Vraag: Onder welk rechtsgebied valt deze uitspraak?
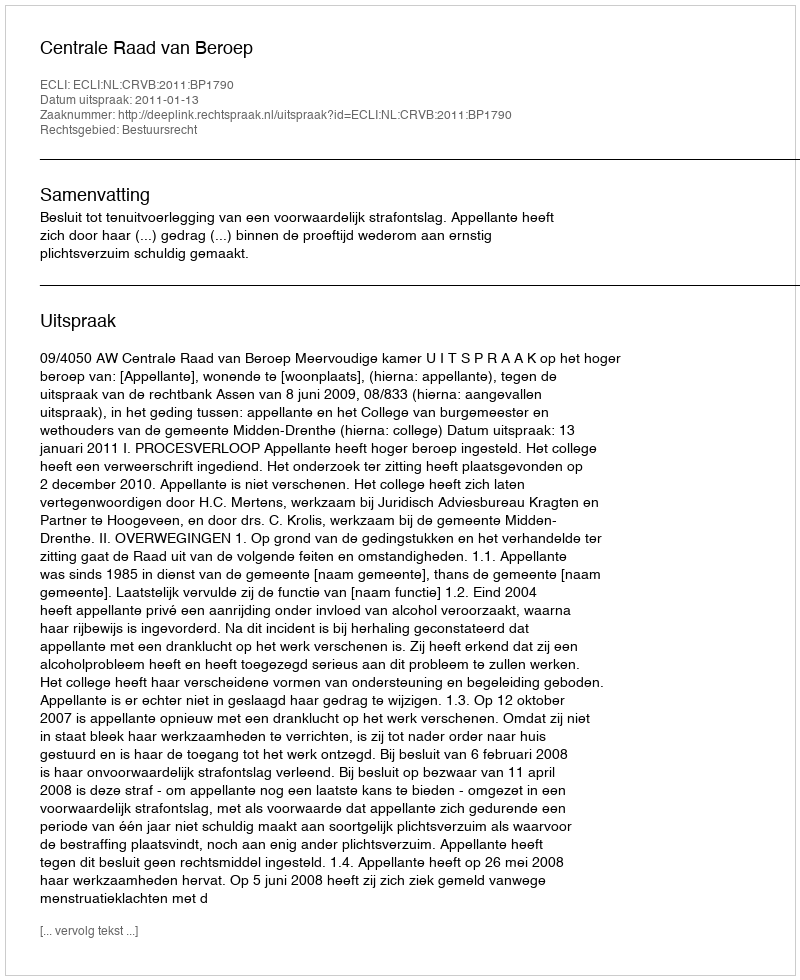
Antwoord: Bestuursrecht